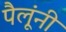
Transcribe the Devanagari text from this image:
पैलूंनी